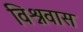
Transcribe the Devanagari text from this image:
विश्नवास